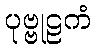
ပုဗ္ဗုဠကံ